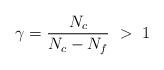
LaTeX: \begin{align*}\gamma = \frac{N_{c}}{N_{c}-N_{f}} ~>~1\end{align*}